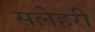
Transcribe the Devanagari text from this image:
सलेहरी